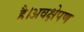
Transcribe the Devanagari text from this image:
है।अवक्षेपण